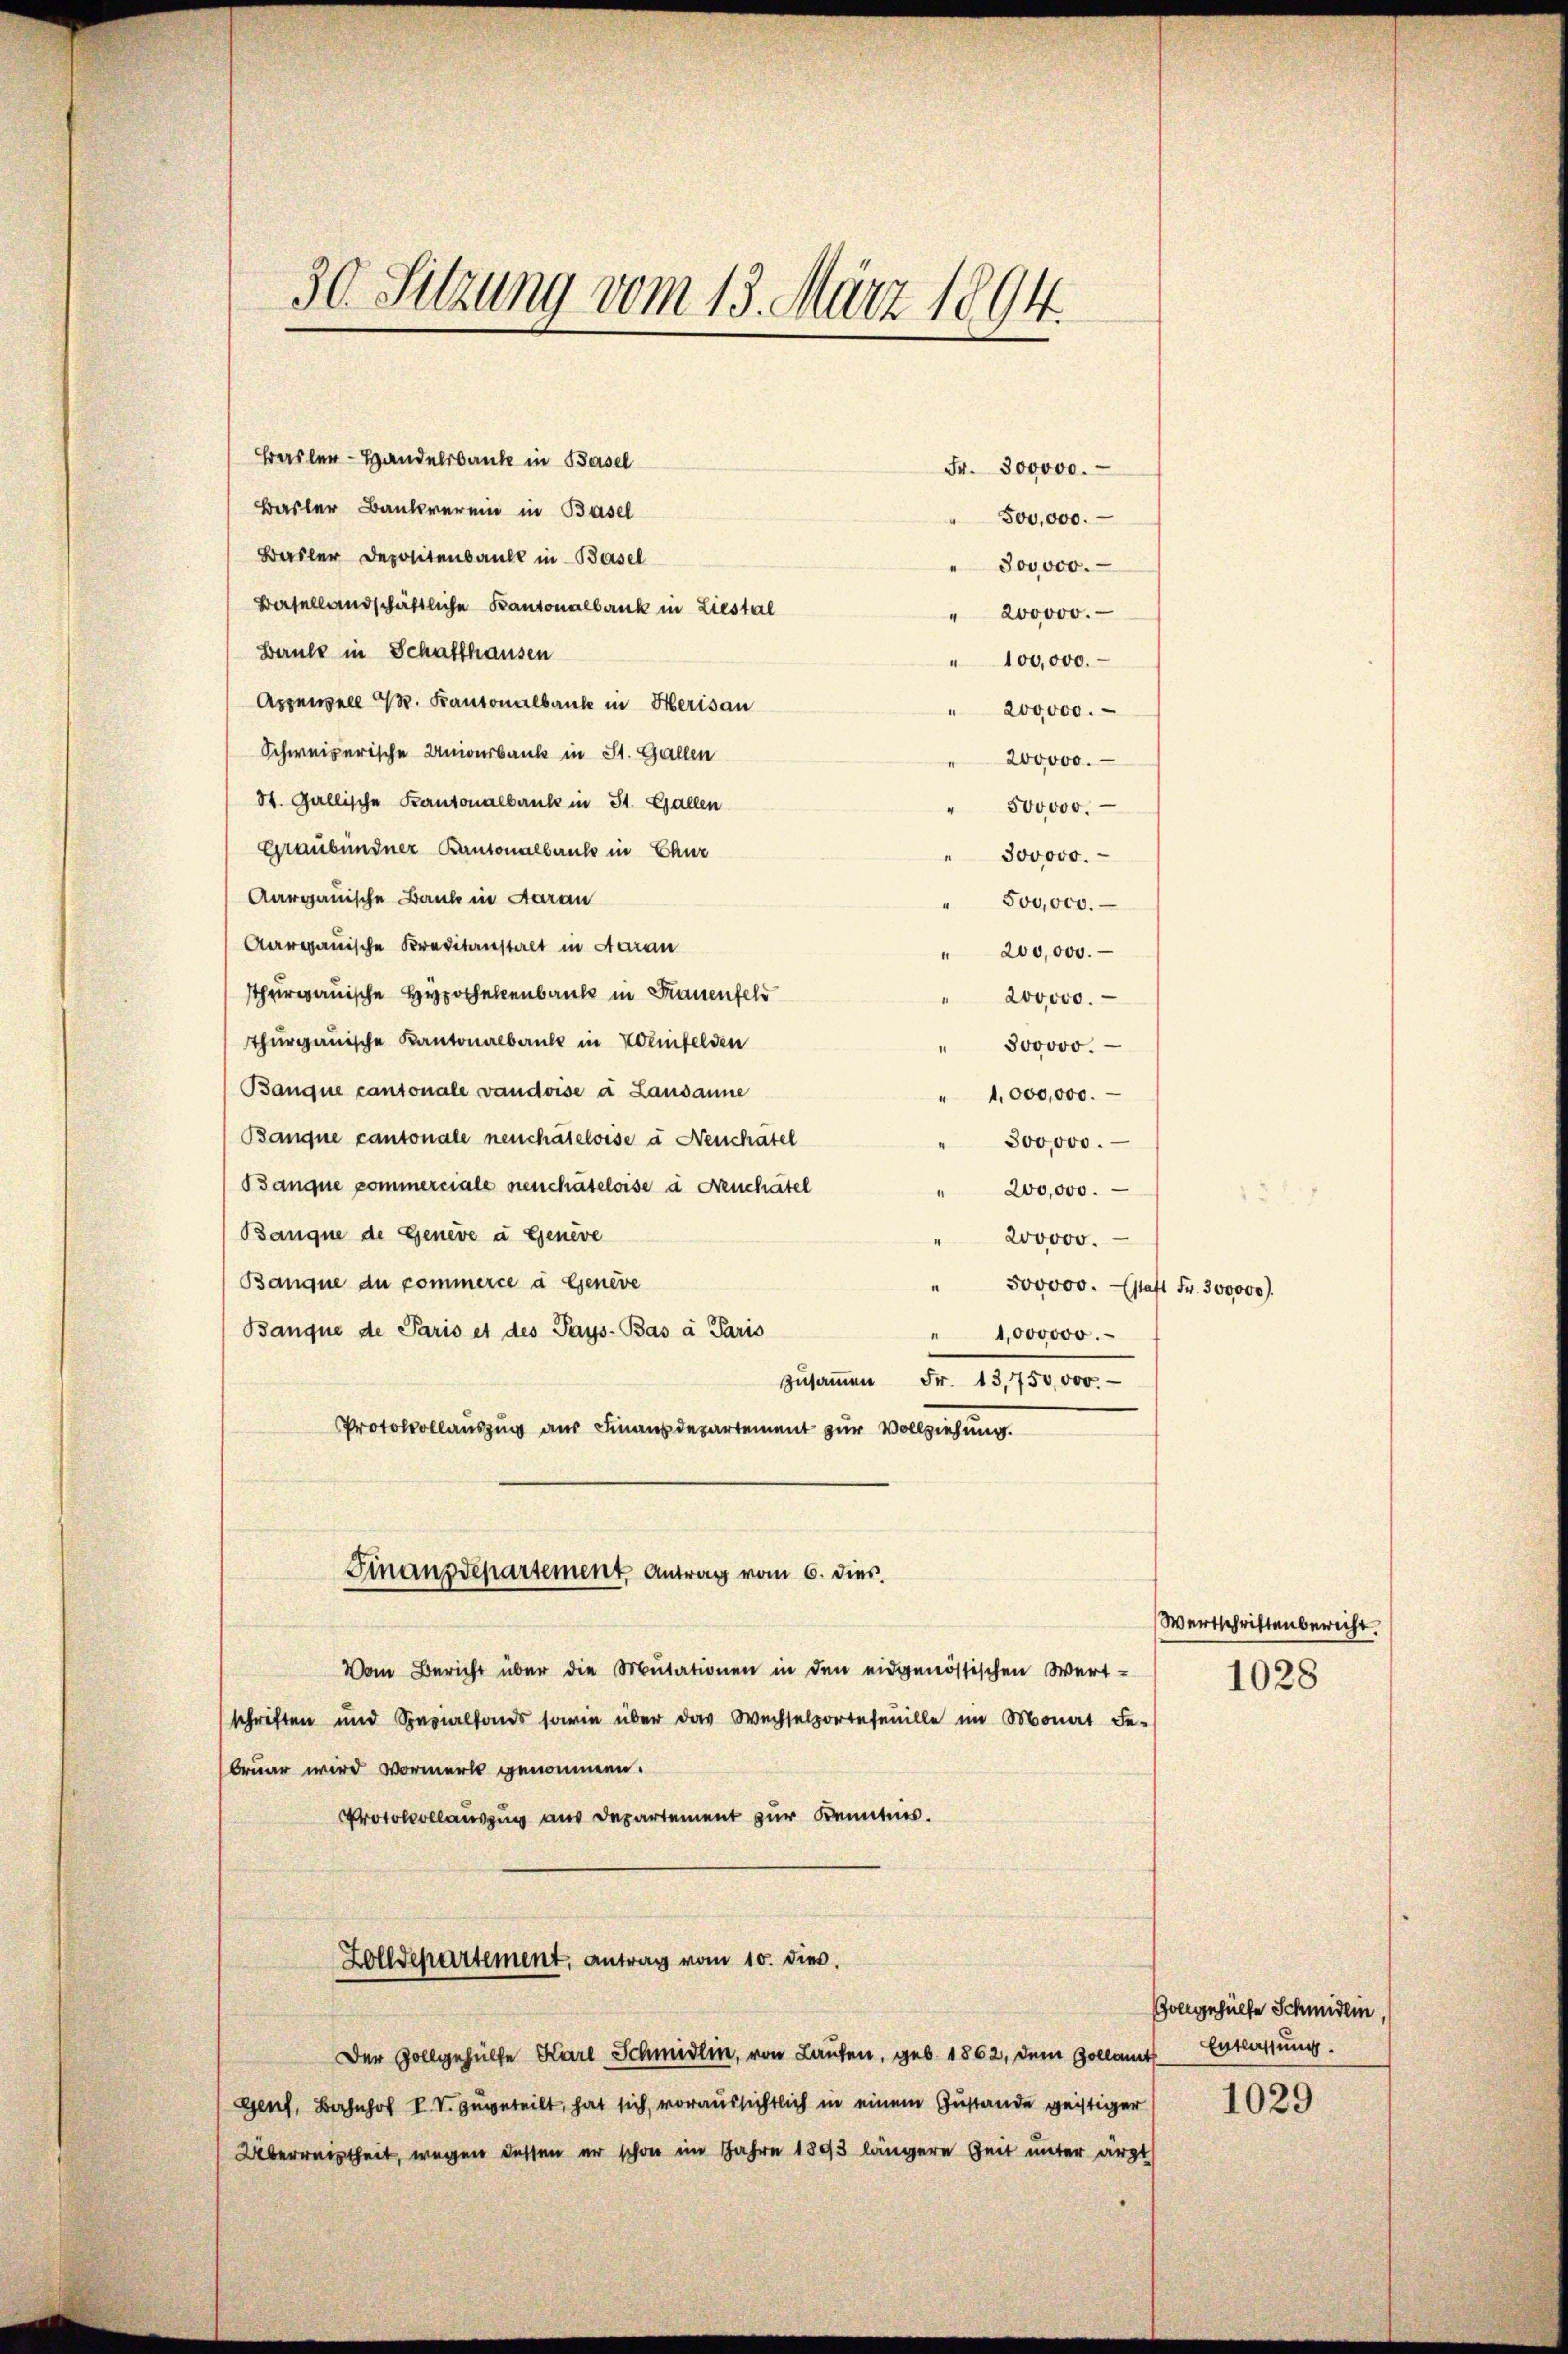
30. Sitzung vom 13. März 1894.

Basler - Handelsbank in Basel
Fr. 300000.
Basler Bankverein in Basel
500,000.
Basler Depositensaule in Basel
300,000.
Basellandschäftliche Kantonalbank in Liestal
" 200000.
Baule in Schafthausen
" 100,000.
Appenzell A. Kantonalbaute in Herisau
" 200,000.
Schweizerische Univerbank in St. Gallen
200000.
St. Gallische Kantonalbank in St. Gallen
500000.
Graubündner Kantonalbank in Chur
300000.
Aargauische Bank in Aarau
500,000.
Aargauische Kreditanstalt in Aarau
200,000.
sthurgauische Hypothekenbaute in Frauenfeld
200000.
Thurgauische Kantonalbaute in Kolmfelden
" 300000.
Banque cantonale vaudoise à Lausanne
" 1,000,000.
Banque cantonale neuchâteloise à Neuchatel
300,000.
Banque pommerciale neuchâteloise à Neuchatel
200,000.
Banque de Geneve a Genève
200000.
Banque du commerce a Geneve
500000. (statt Fr. 300000.
Banque de Paris et des Pays Bas à Paris
" 1,000000.
zusammen Fr. 13,750,000.
Protokollauszug aus Finanzdepartement zur Vollziehung.
Finanzdepartement Antrag vom 6. dies
Vom Bericht über die Mutationen in den eidgenössischen Wert-
schriften und Spezialfonds sowie über das Wechselportesenille im Monat ge-
bruar wird Vormerk genommen.
Protokollauszug aus Departement zur Kenntnis.
Zolldepartement, antrag vom 10. dies.
Der Vollgehülfe Karl Schmidlin, von Laufen, geb. 1862, dem Collamt Entlassung.
Genf, Bahnhof I. V. zugeteilt, hat sich, voraussichtlich in einem Zustande geistiger
Überreistheit, wegen dessen er schon im Jahre 1893 längere Zeit unter ärzt

Wertschriftenbericht.

Goleggehülfe Schmidlin,
1029

1028